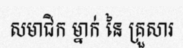
សមាជិក ម្នាក់ នៃ គ្រួសារ